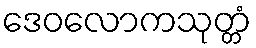
ဒေဝလောကသုတ္တံ